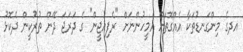
އދގެ މިންގަނޑުތަކާ އެއްގޮތަށް އެމީހުންނަށް "ރެފިއުޖީން" ގެ ދަރަޖަ ދޭން ތުރުކީން ދެކޮޅު